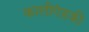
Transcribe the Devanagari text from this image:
कालीगंडकी